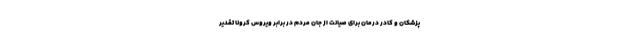
پزشکان و کادر درمان برای صیانت از جان مردم در برابر ویروس کرونا تقدیر